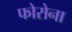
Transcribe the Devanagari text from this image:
फोरोना